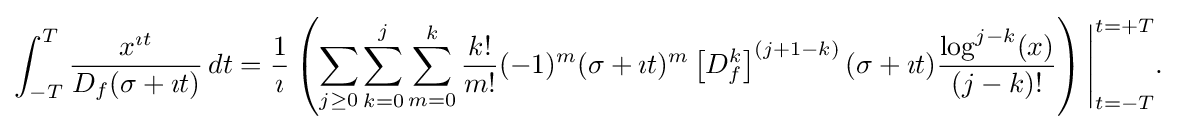
{\begin{aligned}\int _{-T}^{T}{\frac {x^{\imath t}}{D_{f}(\sigma +\imath t)}}\,dt&={\frac {1}{\imath }}\left(\sum _{j\geq 0}\sum _{k=0}^{j}\sum _{m=0}^{k}{\frac {k!}{m!}}(-1)^{m}(\sigma +\imath t)^{m}\left[D_{f}^{k}\right]^{(j+1-k)}(\sigma +\imath t){\frac {\log ^{j-k}(x)}{(j-k)!}}\right){\Biggr |}_{t=-T}^{t=+T}.\end{aligned}}